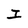
Character: I